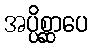
အပ္ပိစ္ဆာပေ